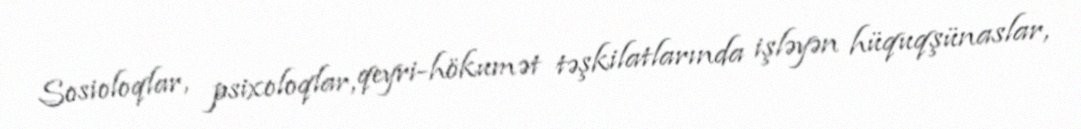
Sosioloqlar, psixoloqlar, qeyri-hökumət təşkilatlarında işləyən hüquqşünaslar,